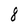
Character: 8